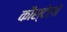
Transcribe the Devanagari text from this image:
कौस्टेलो